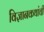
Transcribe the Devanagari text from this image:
विज्ञानकथांची